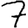
Digit: 7